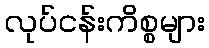
လုပ်ငန်းကိစ္စများ